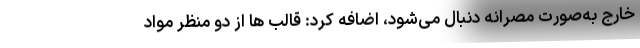
خارج به‌صورت مصرانه دنبال می‌شود، اضافه کرد: قالب ها از دو منظر مواد